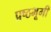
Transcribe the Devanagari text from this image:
प्रष्ठभूमी